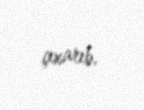
çıxarıb.